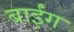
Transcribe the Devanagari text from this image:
बाईंग